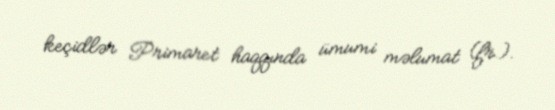
keçidlər Primaret haqqında ümumi məlumat (fr.).